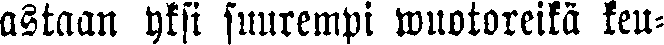
astaan yksi suurempi wuotoreikä keu-